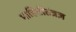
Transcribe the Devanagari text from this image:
माहितीतंत्रज्ञ